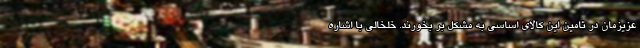
عزیزمان در تامین این کالای اساسی به مشکل بر بخورند. خلخالی با اشاره